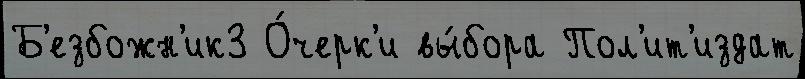
Б'езбожн'ик3 О́черк'и вы́бора Пол'ит'издат